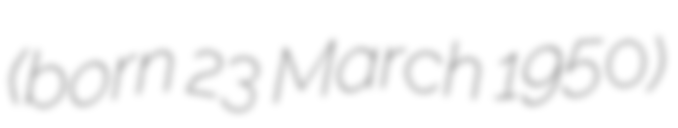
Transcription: (born 23 March 1950)